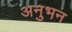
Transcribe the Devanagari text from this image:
अनुभन